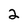
Character: 2